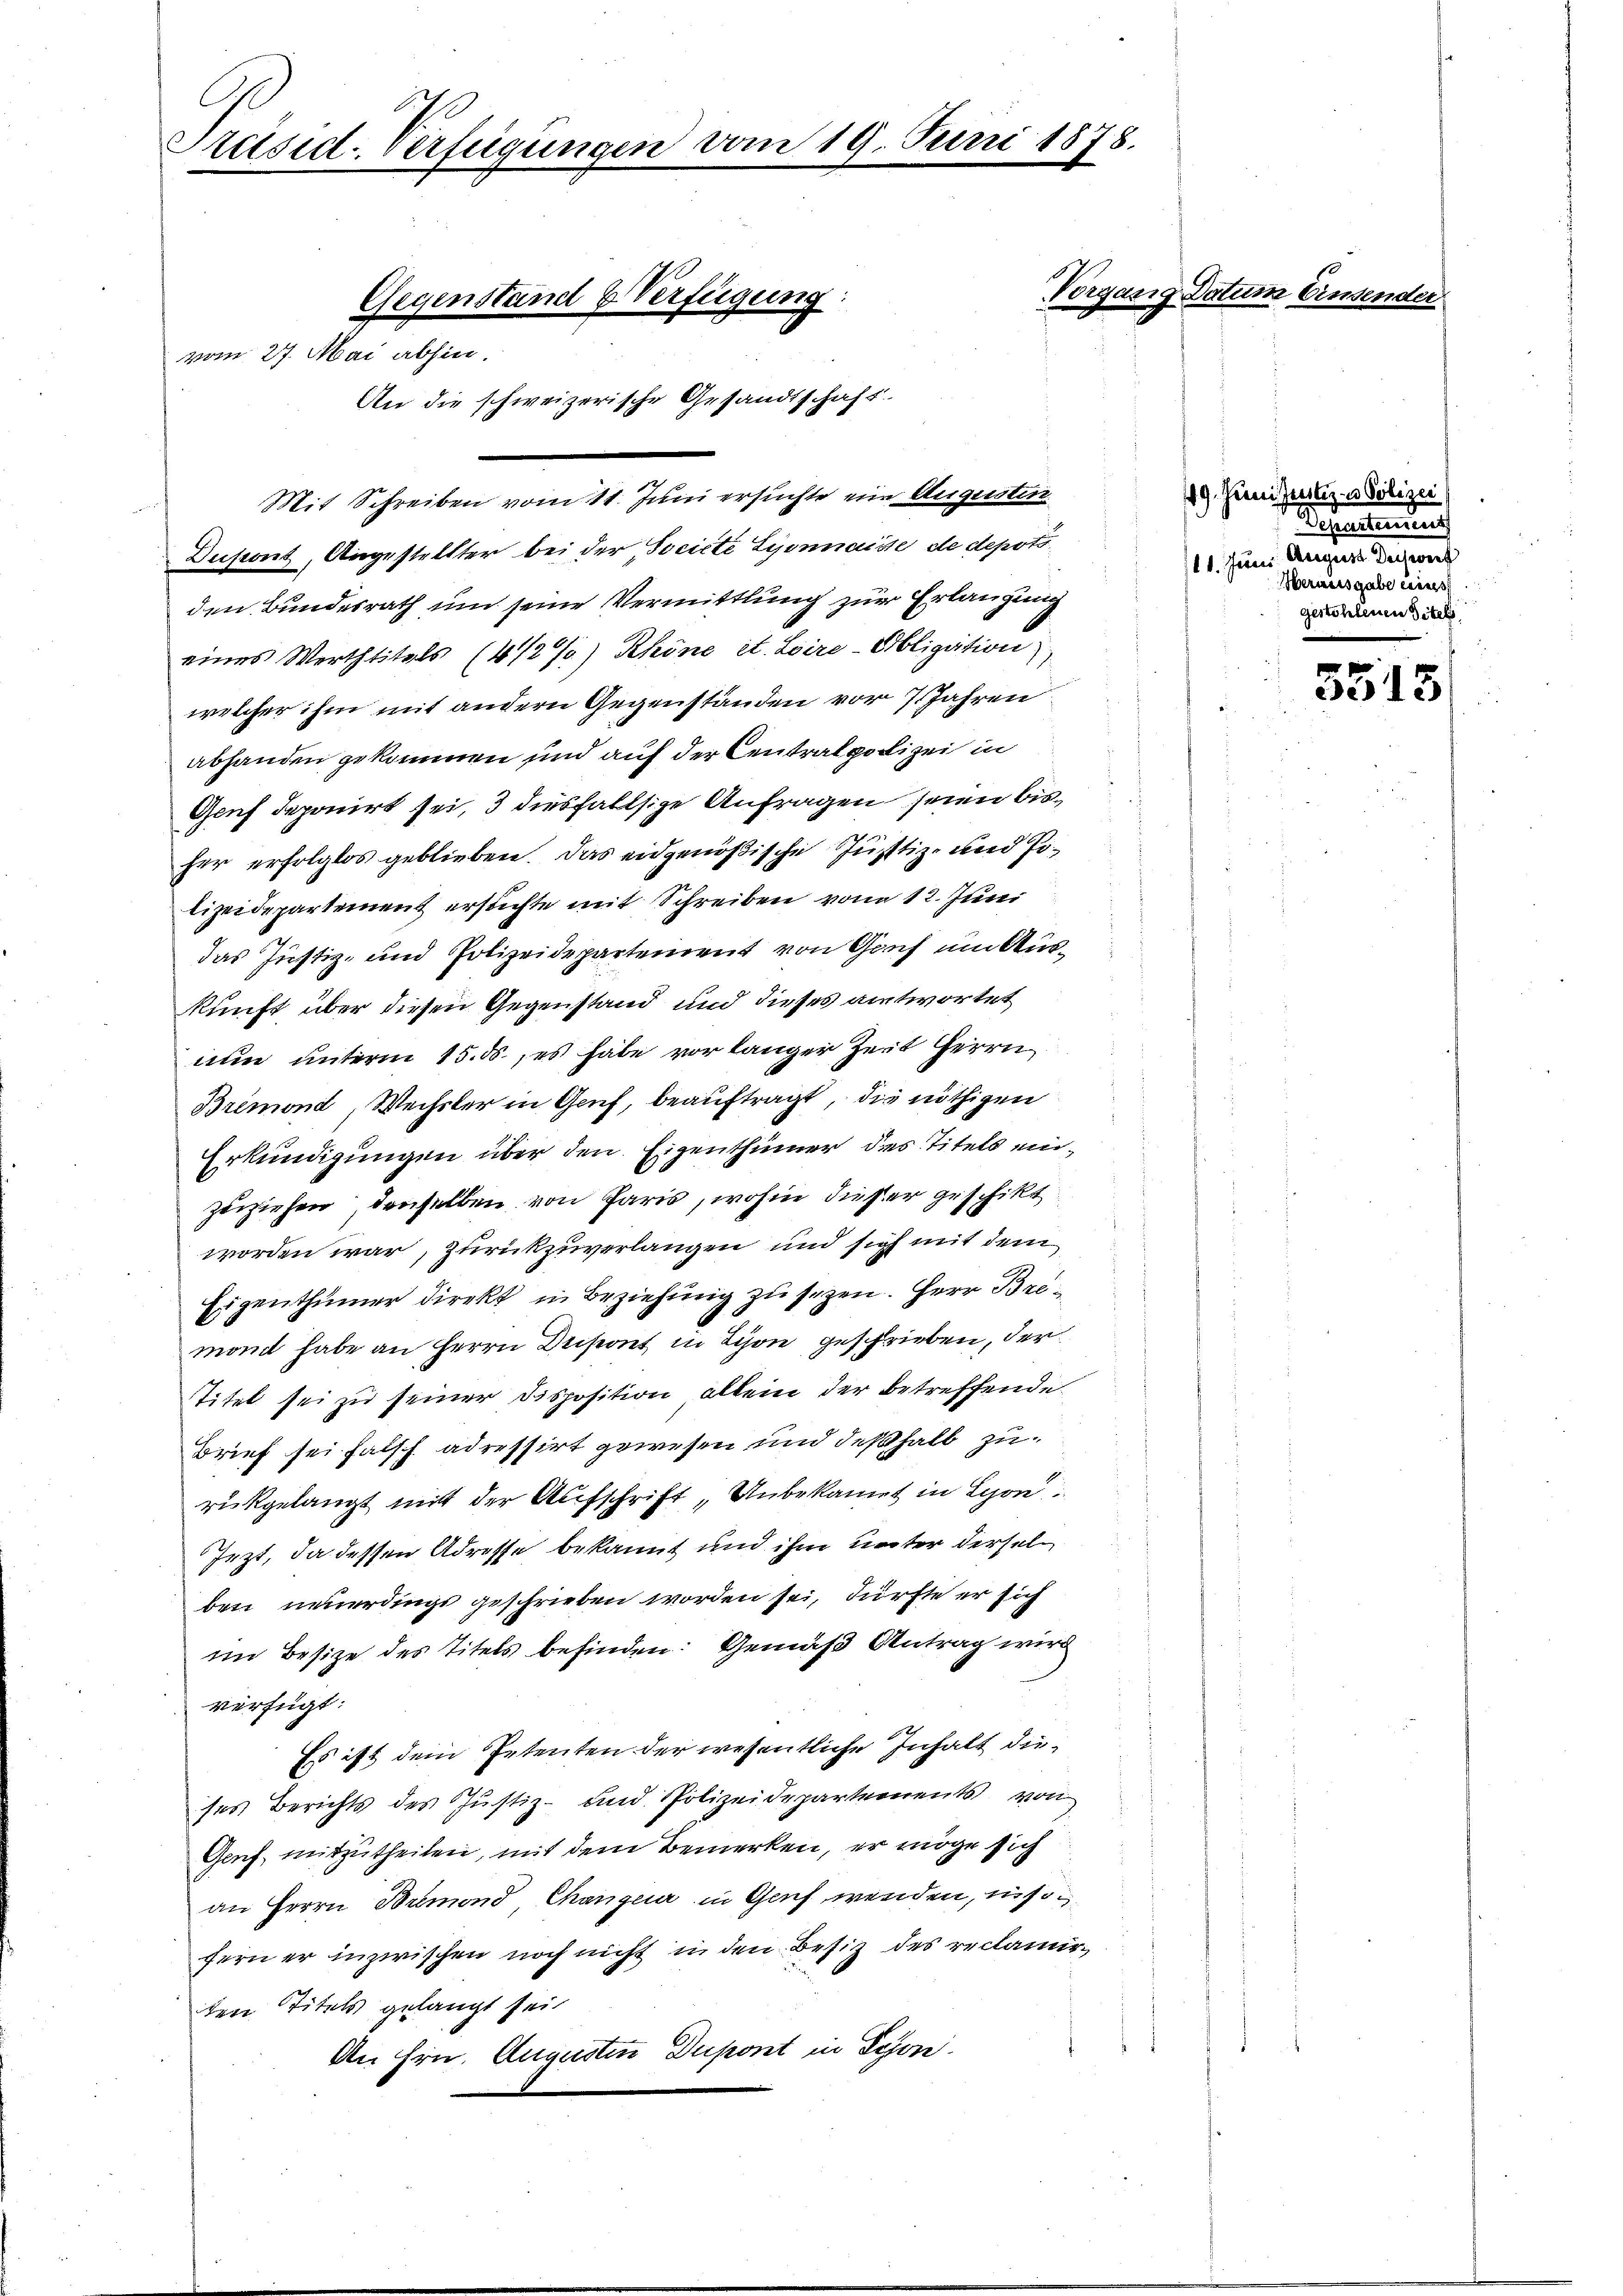
Präsid. Verfügungen vom 19. Juni 1878.

Mit Schreiben vom 11. Juni ersuchte ein Augustin

vom 27. Mai abhin.

Gegenstand & Verfügung:
An die schweizerische Gesandtschaft.

Dupont, Angestellter bei der Societe Syonnaisse de depots
den Bundesrath und seine Vermittlung zur Erlangung
eines Werthtitels (4/2%) Khöne et. Loire-Obligation),
welcher ihm mit andern Gegenständen vor 7 Jahren
abhanden gekommen und auf der Centralpolizei in
Genf deponirt sei, 3 diesfallsige Anfragen seien bisher erfolglos geblieben. Das eidgenößische Justiz- und Polizeidepartement erstichte mit Schreiben von 12. Juni
das Justiz- und Polizeidepartement von Gerich um Auskunft über diesen Gegenstand und dieses antwortet
nun unterm 15. ds., es habe vor langer Zeit Herrn
Bremond, Wechsler in Genf, beauftragt, die nöthigen
Erkundigungen über den Eigenthümer des Titels einzuziehen, denselben von Paris, wohin dieser geschikt
worden war, zurückzuverlangen und sich mit dem
Eigenthümer direkt in Beziehung zu sezen. Herr Bremont habe an Herrn Dusont in Lion geschrieben, der
Titel sei zu seiner Disposition allein der betreffende
Brief sei falsch adressirt gewesen und deßhalb zurückgelangt mit der Aufschrift,Unbekannt in Lyon
Jezt, da dessen Adresse bekannt und ihm unter derselben neuerdings geschrieben worden sei, dürfte er sich
im Besize des Titels befinden: Gemäß Antrag wird
verfügt:
Es ist dem Petenten der wesentliche Inhalt dieses Berichts des Justiz- und Polizeidepartements von
Genf, mitzutheilen, mit dem Bemerken, er möge sich
an Herrn Bremons Changer in Genf wenden, insofern er inzwischen noch nicht in den Besitz des reclamie
ten Titels gelangt sei
An Hrn. Augusten Dupont in Schön.

1
Vorgang Datum bin.

3

49. Juni sentiz- u Polizei
Departement
111. Jun. Augias Decor
Herausgabe eines
gestohlenen Titel

7
3915